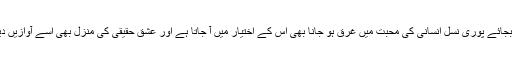
ایک فرد کے بجائے پوری نسل انسانی کی محبت میں غرق ہو جانا بھی اس کے اختیار میں آ جاتا ہے اور عشق حقیقی کی منزل بھی اسے آوازیں دینے لگتی ہے۔